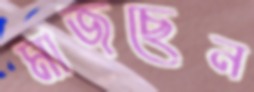
মাজছেন